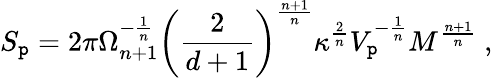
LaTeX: S_{\mathtt{p}}=2\pi\Omega_{n+1}^{-\frac{{1}}{{n}}}\left(\frac{{2}}{{d+1}}\right)^{\frac{{n+1}}{{n}}}\kappa^{\frac{{2}}{{n}}}V_{\mathtt{p}}^{-\frac{{1}}{{n}}}M^{\frac{{n+1}}{{n}}}~,